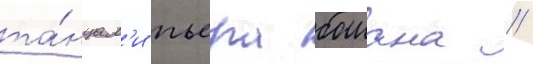
та́нцам'и пьера бошана //